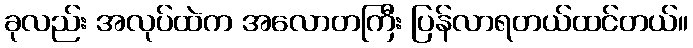
ခုလည်း အလုပ်ထဲက အလောတကြီး ပြန်လာရတယ်ထင်တယ်။